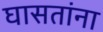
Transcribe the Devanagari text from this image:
घासतांना